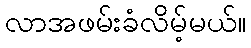
လာအဖမ်းခံလိမ့်မယ်။